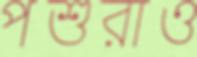
পশুরাও